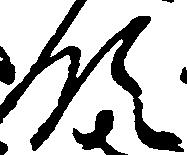
領